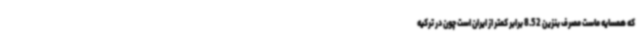
که همسایه ماست مصرف بنزین 8.52 برابر کمتر از ایران است چون در ترکیه